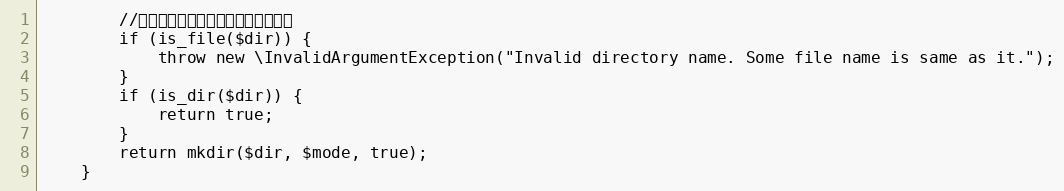
Language: PHP
        //如果存在相同的文件名，则抛出异常
        if (is_file($dir)) {
            throw new \InvalidArgumentException("Invalid directory name. Some file name is same as it.");
        }
        if (is_dir($dir)) {
            return true;
        }
        return mkdir($dir, $mode, true);
    }